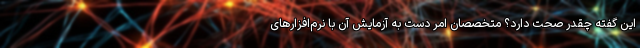
این گفته چقدر صحت دارد؟ متخصصان امر دست به آزمایش آن با نرم‌افزارهای